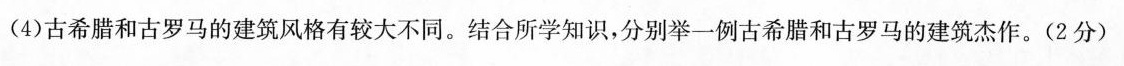
(4)古希腊和古罗马的建筑风格有较大不同。结合所学知识，分别举一例古希腊和古罗马的建筑杰作。(2分)